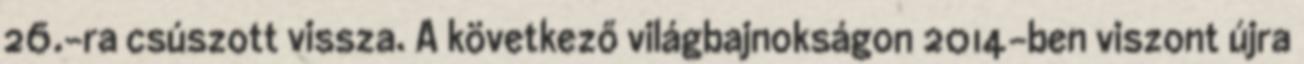
26.-ra csúszott vissza. A következő világbajnokságon 2014-ben viszont újra